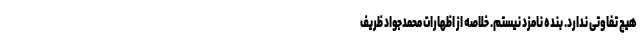
هیچ تفاوتی ندارد. بنده نامزد نیستم. خلاصه از اظهارات محمدجواد ظریف